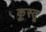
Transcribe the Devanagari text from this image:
कूस्तू